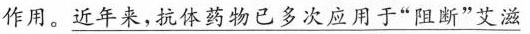
作用。\underline{近年来,抗体药物已多次应用于“阻断”艾滋}